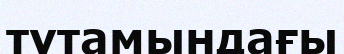
тұтамындағы